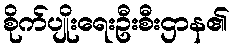
စိုက်ပျိုးရေးဦးစီးဌာန၏